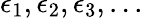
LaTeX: \epsilon_{1},\epsilon_{2},\epsilon_{3},...